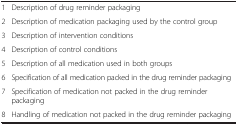
|  |  |
 | --- | --- |
 | 1 | Description of drug reminder packaging |
 | 2 | Description of medication packaging used by the control group |
 | 3 | Description of intervention conditions |
 | 4 | Description of control conditions |
 | 5 | Description of all medication used in both groups |
 | 6 | Specification of all medication packed in the drug reminder packaging |
 | 7 | Specification of medication not packed in the drug reminder packaging |
 | 8 | Handling of medication not packed in the drug reminder packaging |